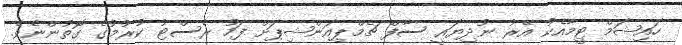
ހައިޝަމް ޓީމާއެކު އޭރު ނުދިޔައީ ސާފް ޗެމްޕިއަންޝިޕަށް ފަހު ރެސްޓު ކުރުމުގެ ގޮތުންނެވެ.